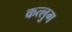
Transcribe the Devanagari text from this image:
कत्लुग